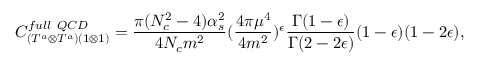
C _ { ( T ^ { a } \otimes T ^ { a } ) ( 1 \otimes 1 ) } ^ { f u l l ~ Q C D } = \frac { \pi ( N _ { c } ^ { 2 } - 4 ) \alpha _ { s } ^ { 2 } } { 4 N _ { c } m ^ { 2 } } ( \frac { 4 \pi \mu ^ { 4 } } { 4 m ^ { 2 } } ) ^ { \epsilon } \frac { \Gamma ( 1 - \epsilon ) } { \Gamma ( 2 - 2 \epsilon ) } ( 1 - \epsilon ) ( 1 - 2 \epsilon ) ,